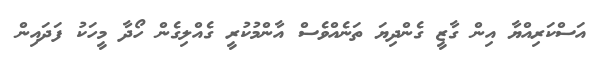
އަސްކަރިއްޔާ އިން ގާޒީ ގެންދިޔަ ތަނެއްވެސް އާންމުކުރީ ގެއްލިގެން ހޯދާ މީހަކު ފަދައިން